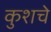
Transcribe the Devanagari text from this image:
कुशचे